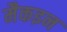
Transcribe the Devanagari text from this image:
मैकइन